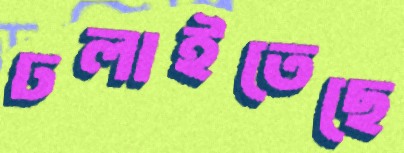
ঢলাইতেছে